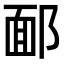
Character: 𨜧